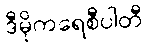
ဒီမိုကရေစီပါတီ